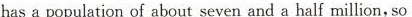
hasa population of about seven and a half million, so